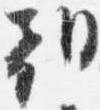
朝